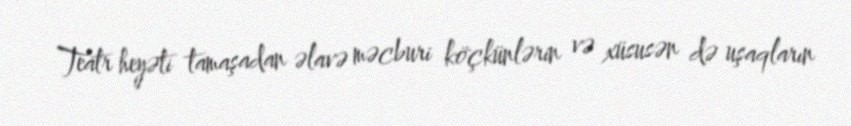
Teatr heyəti tamaşadan əlavə məcburi köçkünlərin və xüsusən də uşaqların